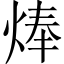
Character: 𤊡